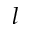
l